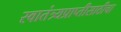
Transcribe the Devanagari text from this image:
स्वातंत्र्यप्राप्तीसाठीचा